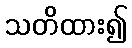
သတိထား၍